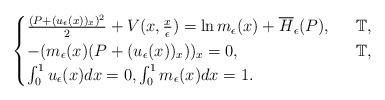
LaTeX: \begin{align*}\begin{cases}\frac{ (P+ (u_\epsilon (x ) )_x )^2}{2}+V (x,\frac{x}{\epsilon} )=\ln m_\epsilon (x )+\overline{H}_\epsilon (P ), \ &\ \mathbb{T}, \\- (m_\epsilon (x ) (P+ (u_\epsilon (x ) )_x ) )_x=0, \ &\ \mathbb{T}, \\\int_0^1 u_\epsilon (x )dx=0, \int_0^1 m_\epsilon (x )dx=1.\end{cases}\end{align*}